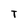
Character: T